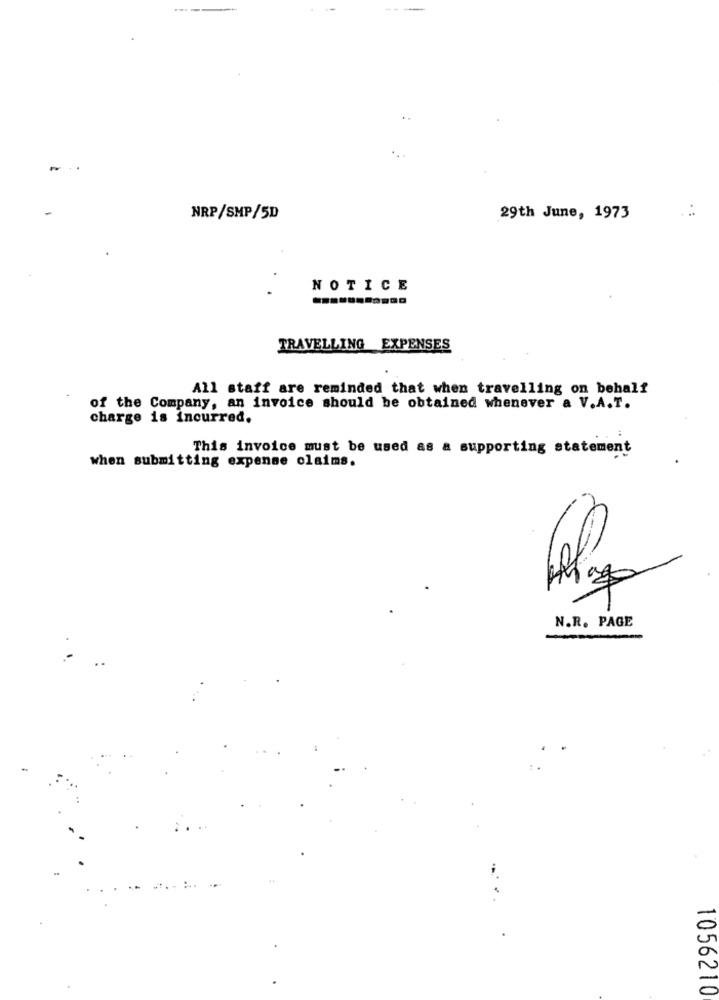
---
-
NRP/SMP/5D
29th June, 1973
NOTICE
TRAVELLING EXPENSES
All staff are reminded that when travelling on behalf
of the Company, an invoice should be obtained whenever a V.A.T.
charge is incurred.
This invoice must be used as a supporting statement
when submitting expense claims.
N.R. PAGE
1056210